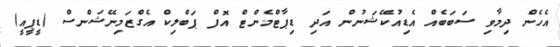
އެހެން ދިމާވި ސަބަބެއް އެޑިއުކޭޝަނުން އަދި ޑިޕާޓްމެންޓް އޮފް ޕަބްލިކް އެގްޒަމިނޭޝަންސް (ޑީޕީއީ)